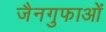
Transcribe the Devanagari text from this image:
जैनगुफाओं